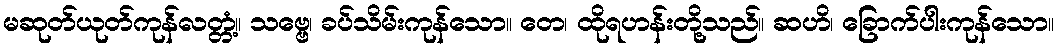
မဆုတ်ယုတ်ကုန်လတ္တံ့။ သဗ္ဗေ၊ ခပ်သိမ်းကုန်သော။ တေ၊ ထိုရဟန်းတို့သည်။ ဆဟိ၊ ခြောက်ပါးကုန်သော။